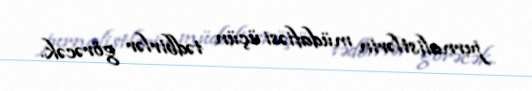
jurnalistlərin müdafiəsi üçün tədbirlər görəcək.